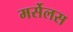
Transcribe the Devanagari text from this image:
मर्सेलस